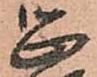
恐